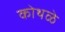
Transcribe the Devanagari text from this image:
कोथळे